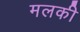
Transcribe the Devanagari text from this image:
मलकी